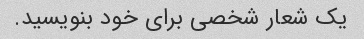
یک شعار شخصی برای خود بنویسید.